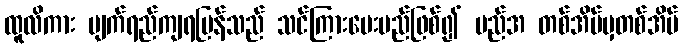
ထူလိကား မျက်ရည်ကျရပြန်သည် သင်ကြားပေးမည်ဖြစ်၍ မည်အ တစ်အိမ်မှတစ်အိမ်